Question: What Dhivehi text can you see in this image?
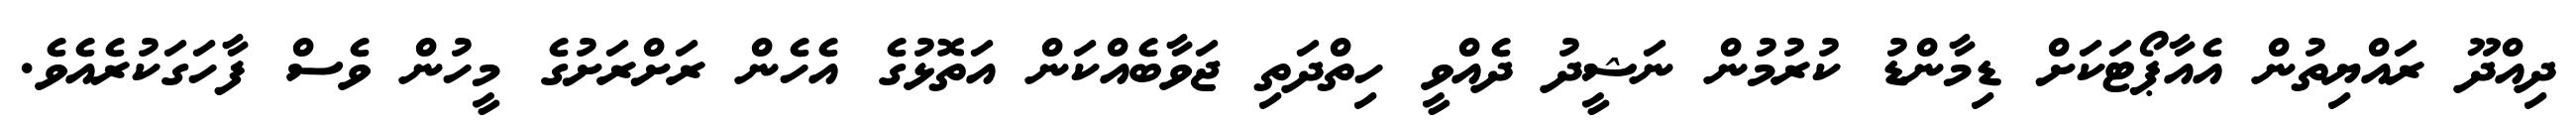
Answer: ދިއްދޫ ރައްޔިތުން އެއާޕޯޓަކަށް ޑިމާންޑު ކުރުމުން ނަޝީދު ދެއްވީ ހިތްދަތި ޖަވާބެއްކަން އަތޮޅުގެ އެހެން ރަށްރަށުގެ މީހުން ވެސް ފާހަގަކުރެއެވެ.